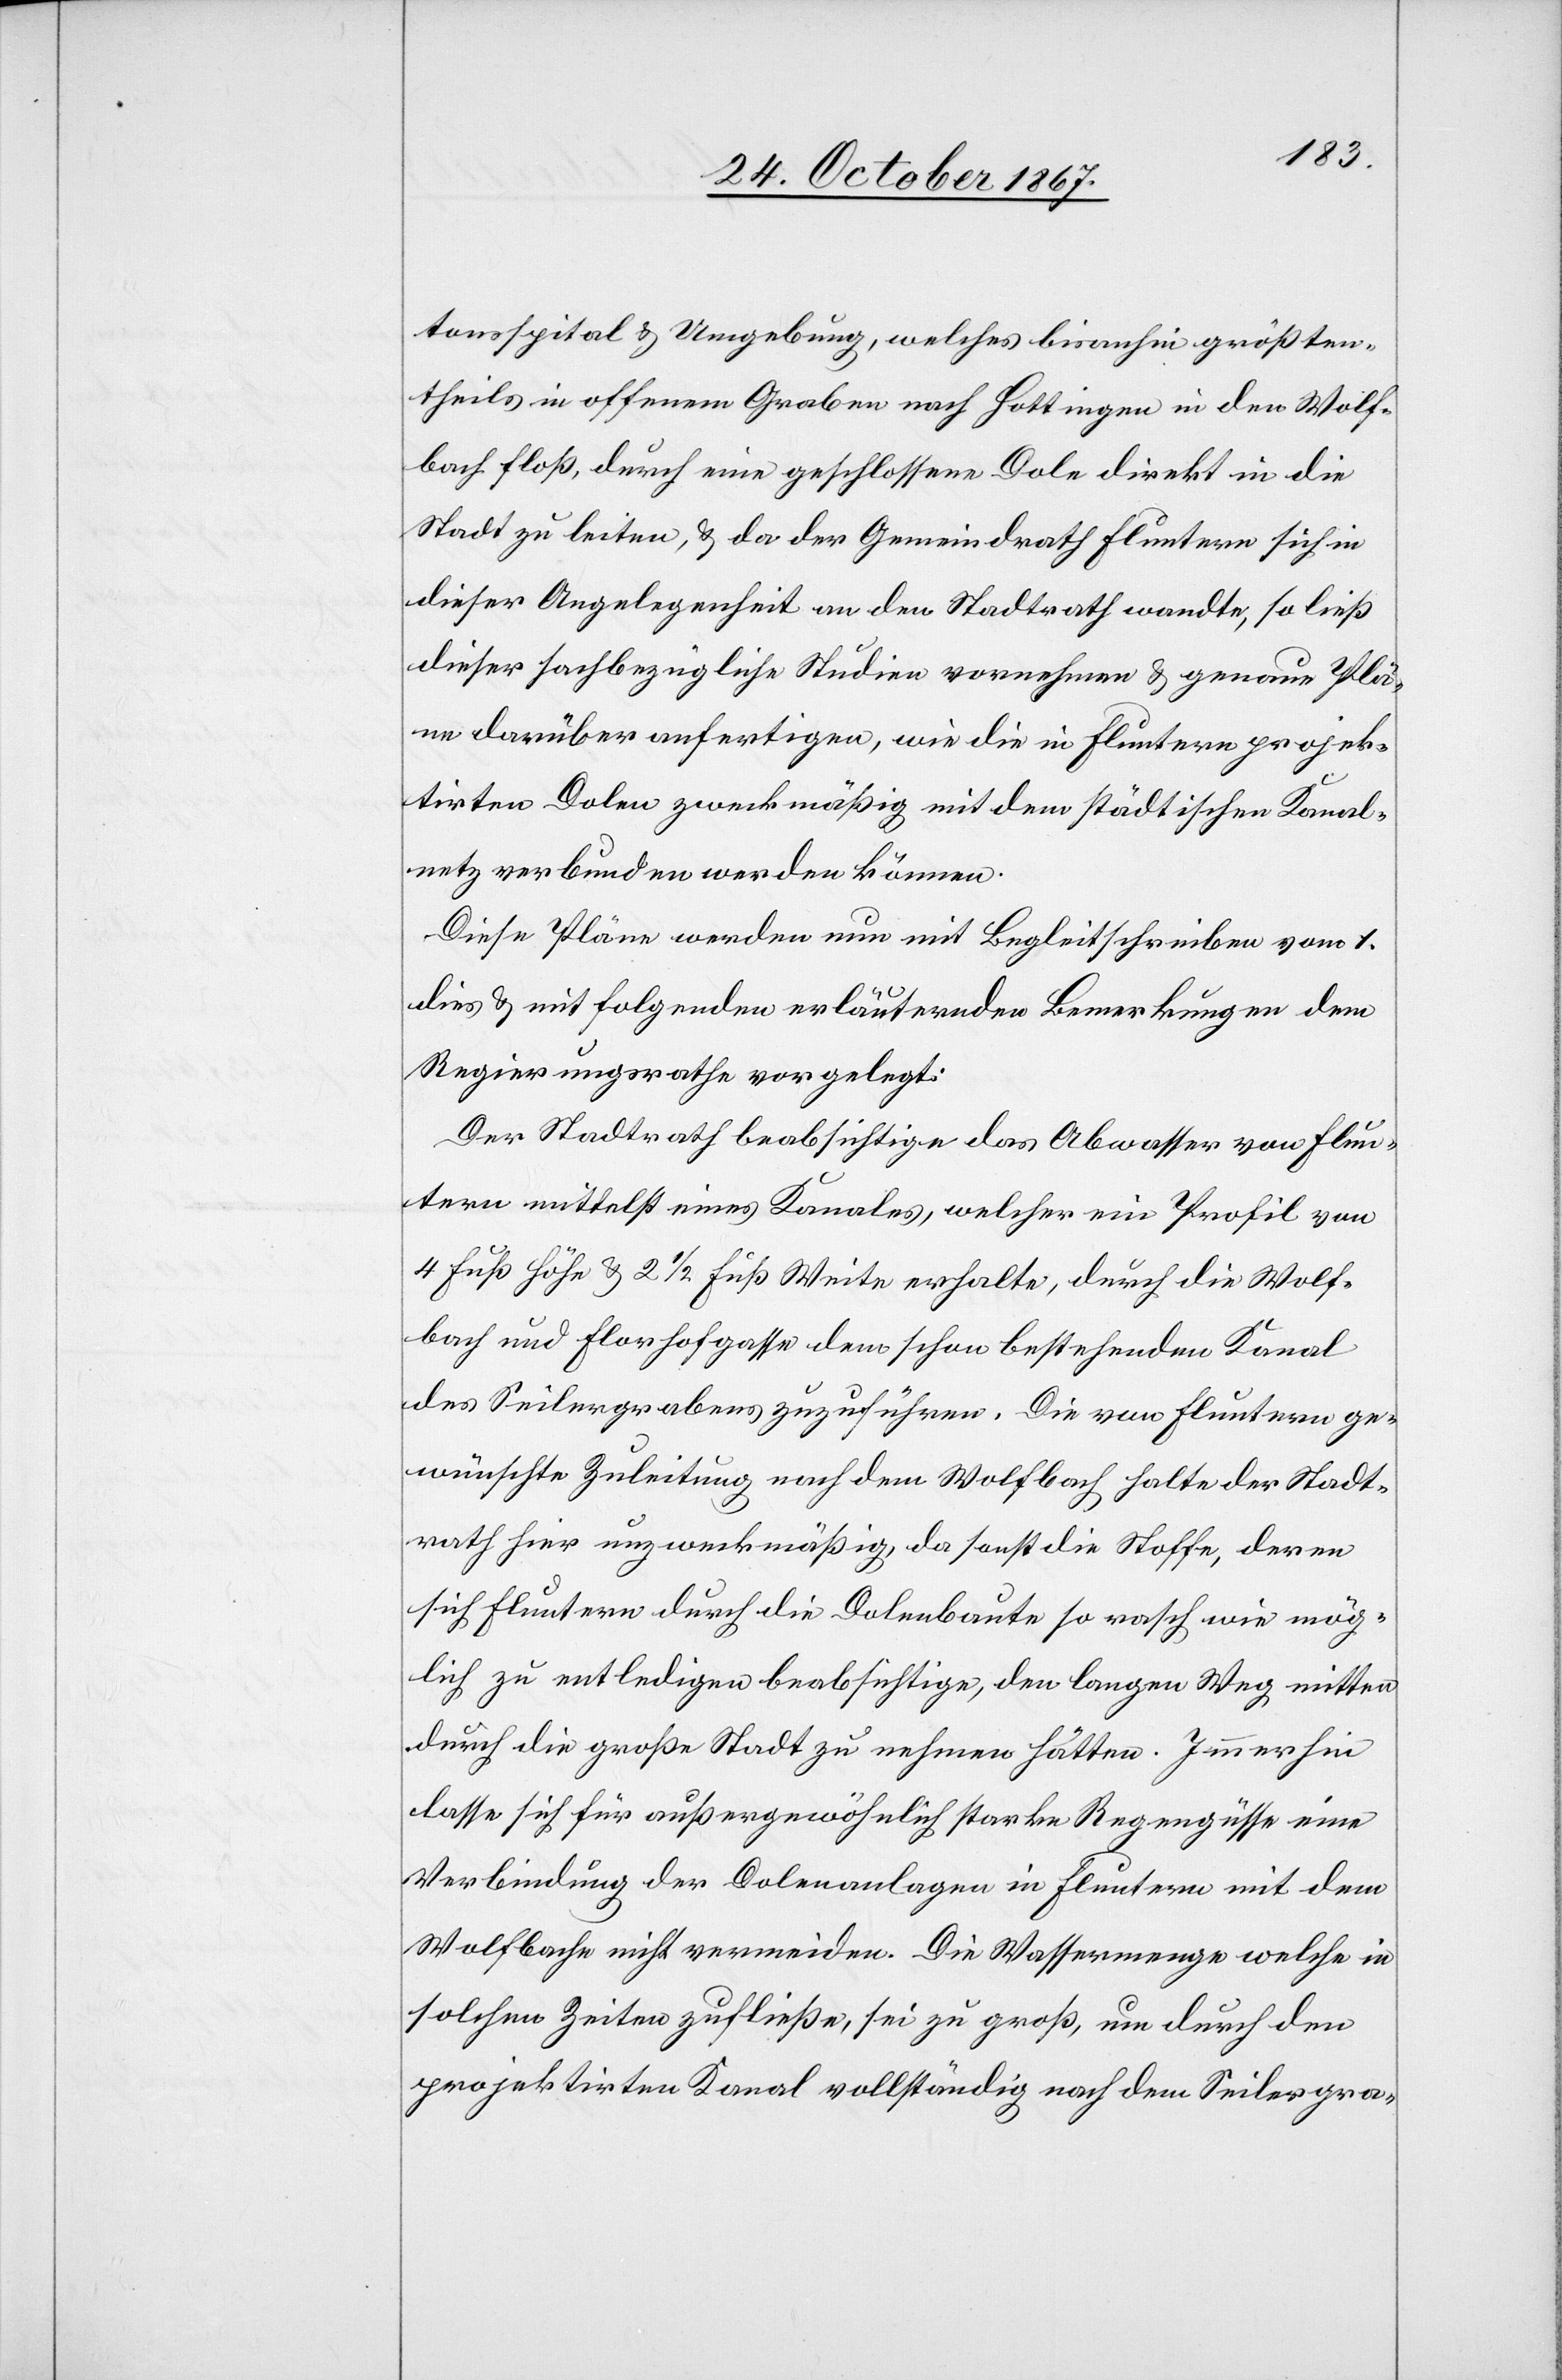
tonsspital u. Umgebung, welches bisanhin größten¬
theils in offenem Graben nach Hottingen in den Wolf¬
bach floß, durch eine geschlossen Dole direkt in die
Stadt zu leiten, u. da der Gemeindrath Fluntern sich in
dieser Angelegenheit an den Stadtrath wandte, so ließ
dieser sachbezügliche Studien vornehmen u. genaue Plä¬
ne darüber anfertigen, wie die in Fluntern projek¬
tirten Dolen zweckmäßig mit dem städtischen Kanal¬
netz verbunden werden können.
Diese Pläne werden nu mit Begleitschreiben vom 1.
dies u. mit folgenden erläuternden Bemerkungen dem
Regierungsrathe vorgelegt:
Der Stadtrath beabsichtige das Abwasser von Flun¬
tern mittelst eines Kanales, welcher ein Profil von
4 Fuß Höhe u. 2 ½ Fuß Weite erhalte, durch die Wolf¬
bach und Florhofgasse dem schon bestehenden Kanal
des Seilergrabens zuzuführen. Die von Fluntern ge¬
wünschte Zuleitung nach dem Wolfbach halte der Stadt¬
rath hier unzeckmäßig, da sonst die Stoffe, deren
sich Fluntern durch die Dolenbaute so rasch wie mög¬
lich zu entledigen beabsichtige, den langen Weg mitten
durch die große Stadt zu nehmen hätten. Immerhin
lasse sich für außergewöhnlich starke Regengüsse eine
Verbindung der Dolenanlagen in Fluntern mit dem
Wolfbache nicht vermeiden. Die Wassermenge welche in
solchen Zeit zufließen, sei zu groß, um durch den
projektirten Kanal vollständig nach dem Seilergra-